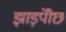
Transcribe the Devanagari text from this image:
झाड़पोेंछ